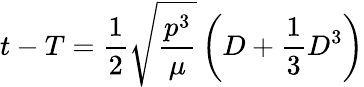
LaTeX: t-T={\frac{1}{2}}{\sqrt{\frac{p^{3}}{\mu}}}\left(D+{\frac{1}{3}}D^{3}\right)